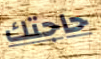
حاجتك